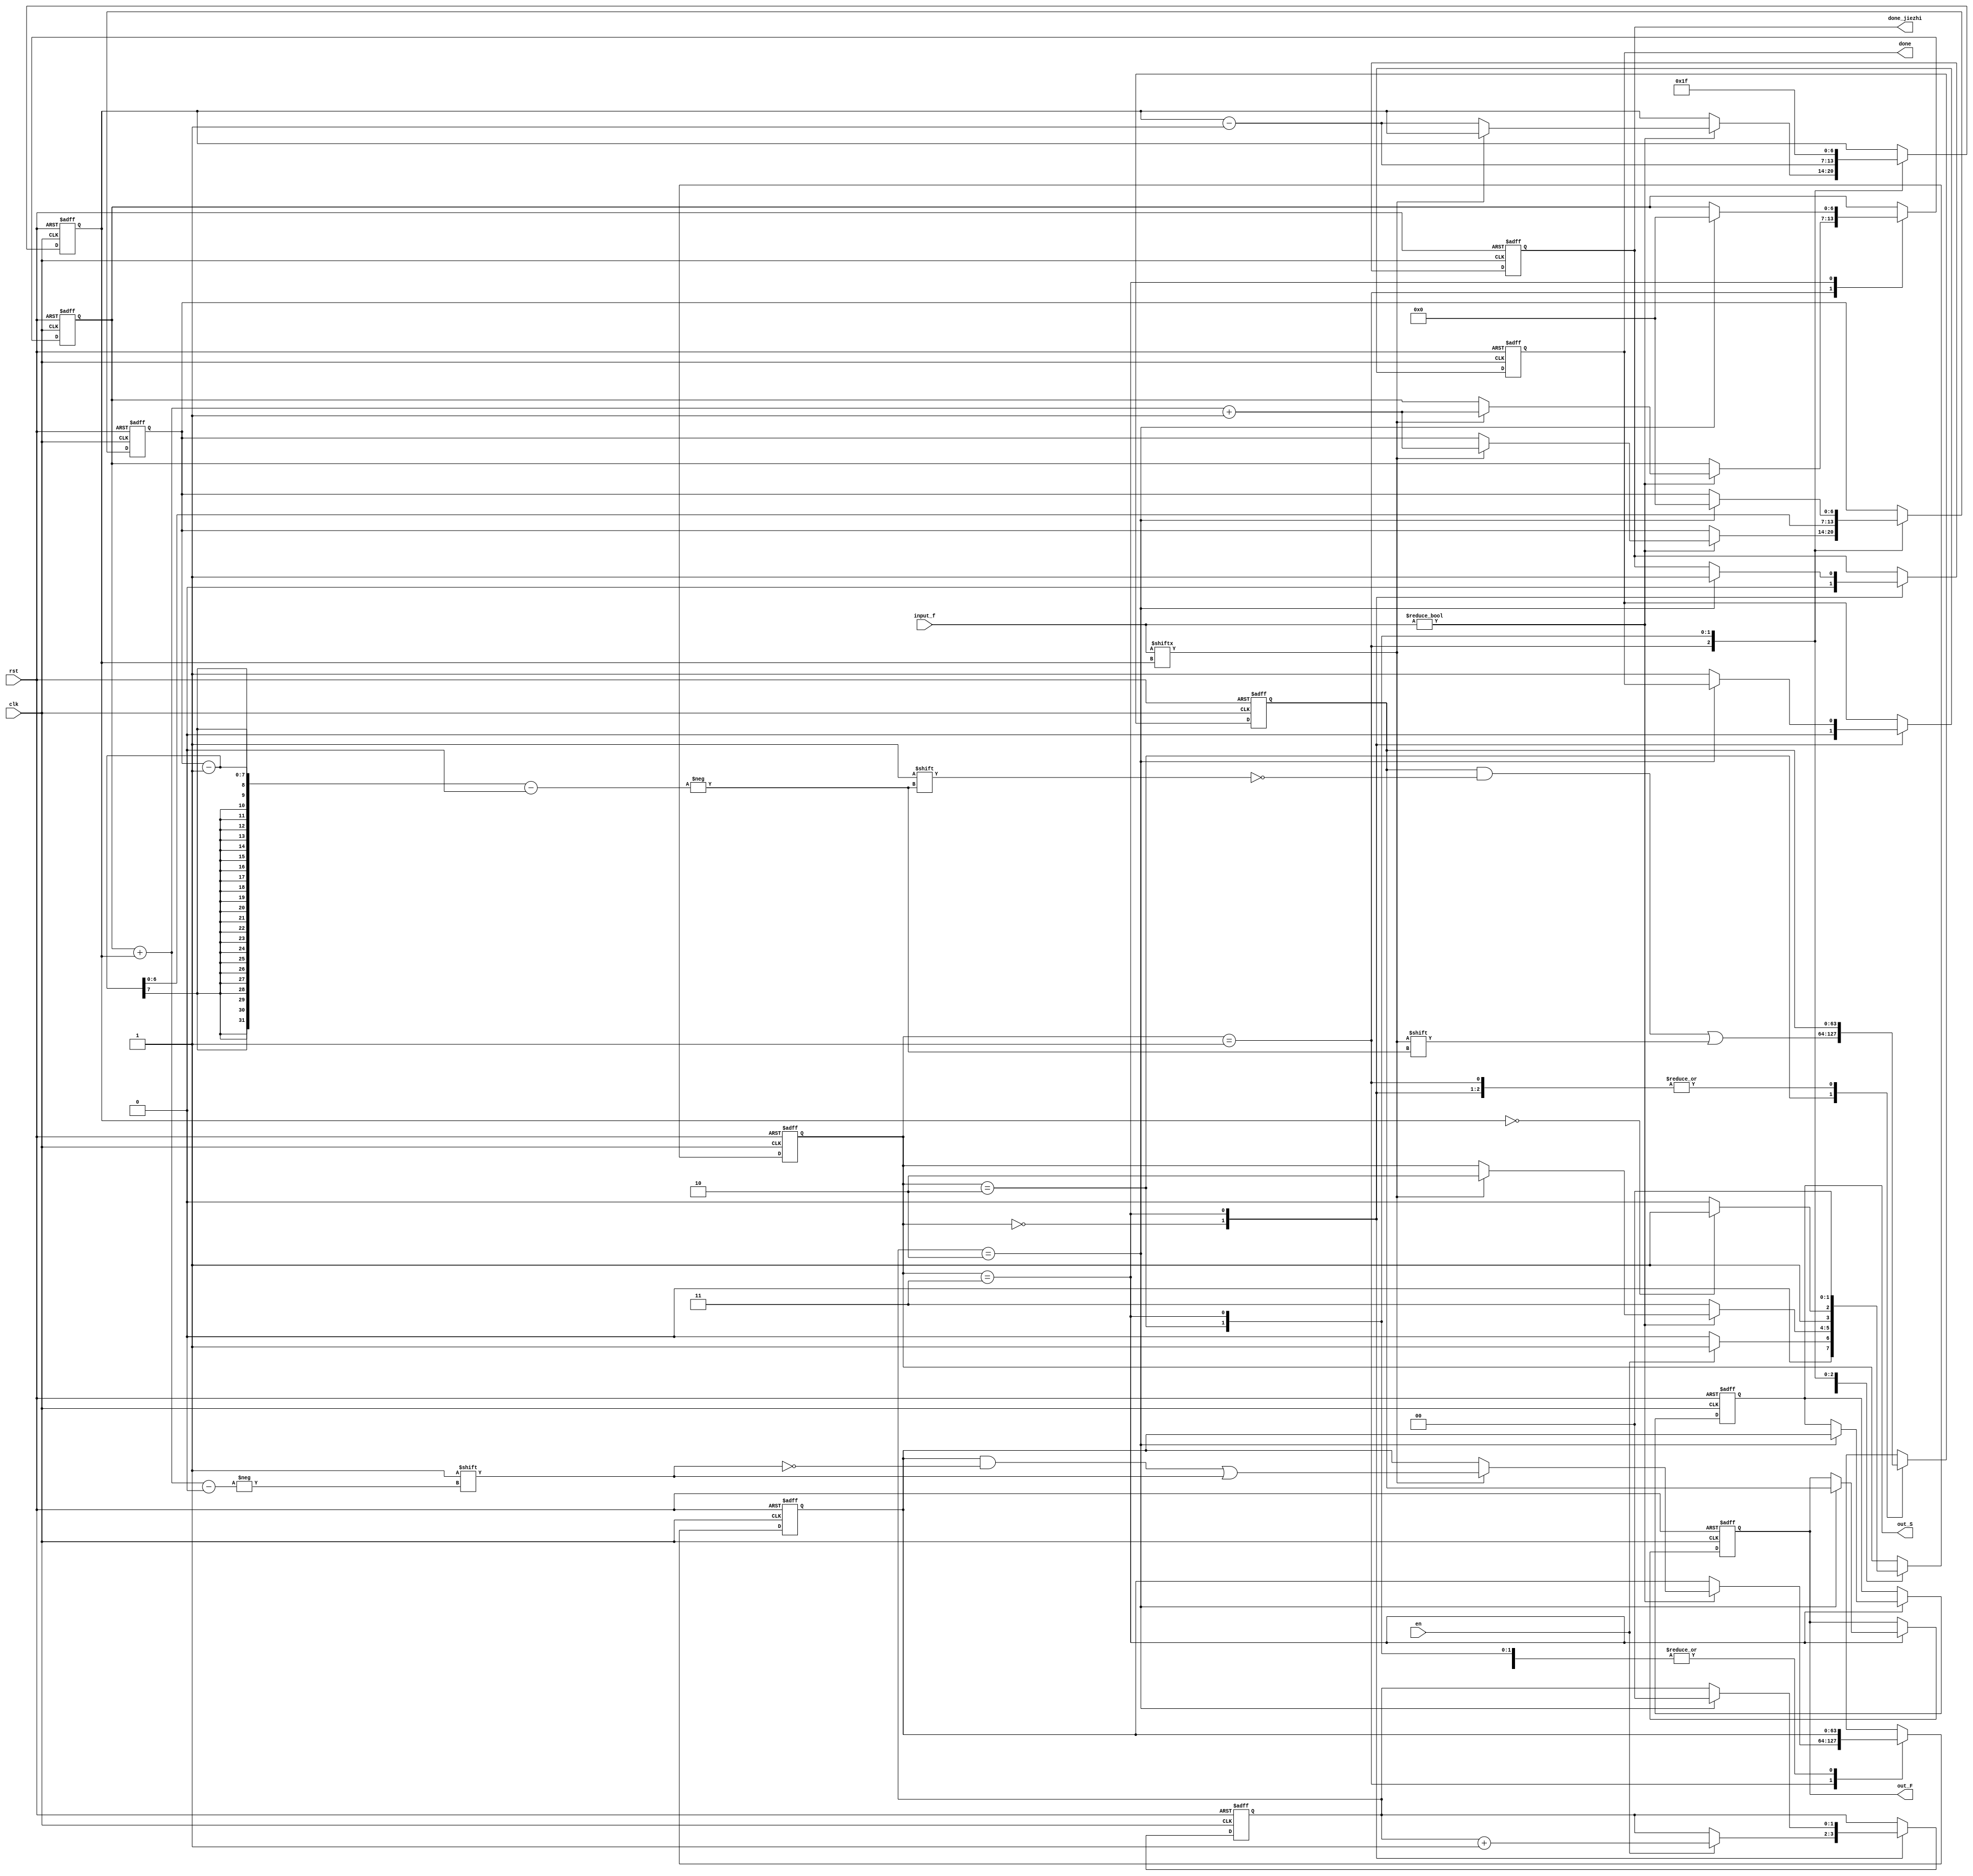
module jiezhi_chuan(clk,rst,input_f,out_S,out_F,en,done,done_jiezhi);
     input clk;
	  input rst;
	  input [31:0]input_f;
	  input en;
	  output reg [63:0]out_F;
	  output reg [63:0]out_S;
	  output reg done;
	  output reg done_jiezhi;
	  reg [6:0] cnt;
	  reg [6:0] cnt_1;
	  reg [6:0] cnt_2;
	  reg [63:0] s;
	  reg [63:0] f;
	  reg [1:0] count;
	  reg [1:0] flow_cnt;
	  
	  
	  always@(posedge clk or negedge rst)begin
	       if(!rst)
			   begin
			     flow_cnt<=0;	
				  count<=0;
			     cnt<=31;
				  cnt_1<=0;
				  cnt_2<=0;
				  out_S<=0;
				  out_F<=0;
				  done<=0;
				  done_jiezhi<=0;
				  f<=0;
				  s<=0;
			   end 
				else begin
				  case(flow_cnt)
				    2'd0:begin
					        done<=0;
					        done_jiezhi<=0;
					        if(en)
							    begin 
							      flow_cnt<=2'd1;
									count<=count+1;
								 end 
							  else
							    flow_cnt<=2'd0;
					      end
					 2'd1:begin 		
						           if(input_f!=0)
						              begin  
				                       if(input_f[cnt]==1)
							                 begin
												    cnt_2<=cnt_2+cnt+1; 
												    cnt_1<=cnt_2+cnt+1;
													 flow_cnt<=2'd2;
				                            s[cnt_2+cnt]<=1;
							                 end
							               else
						                    cnt<=cnt-1;	 
						               end
						            else
										  begin 
										   flow_cnt<=2'd3;
											end 
					          
								 end 
					 2'd2: begin
					         f[cnt_1-1]<=input_f[cnt];
								cnt<=cnt-1;
								cnt_1<=cnt_1-1;
					         if(cnt==0)
								  flow_cnt<=2'd3;
								else
								  flow_cnt<=2'd2;
					        end 
					 2'd3: begin
					          flow_cnt<=2'd0;
								 cnt<=31;
					          if(count==2)    //fibonacci
						         begin
									  count<=0;
								     cnt_1<=0;	
						           done_jiezhi<=1;
							        out_S<=s;
									  out_F<=f;
									  cnt_2<=0;
							      end
								 else begin
								     done<=1;
								  end 
					       end 
				   endcase 
				end 
	      end 
	  
endmodule